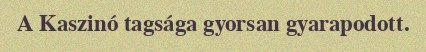
A Kaszinó tagsága gyorsan gyarapodott.